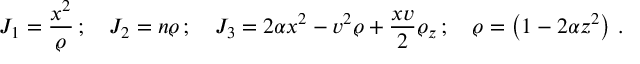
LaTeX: { \cal { J } } _ { 1 } = \frac { x ^ { 2 } } { \varrho } \, ; \quad { \cal { J } } _ { 2 } = n \varrho \, ; \quad { \cal { J } } _ { 3 } = 2 \alpha x ^ { 2 } - v ^ { 2 } \varrho + \frac { x v } { 2 } \varrho _ { z } \, ; \quad \varrho = \left( 1 - 2 \alpha z ^ { 2 } \right) \, .